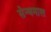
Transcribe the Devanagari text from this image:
सेन्धमाल